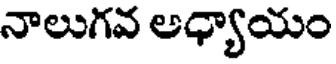
నాలుగవ అధ్యాయం